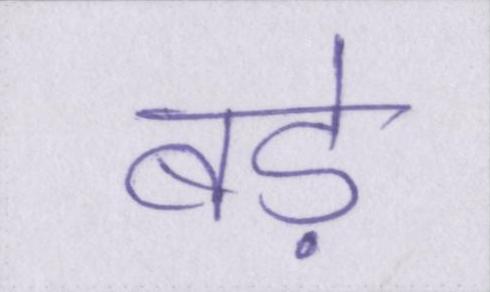
बडे़